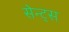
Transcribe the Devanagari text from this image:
सेन्ट्स